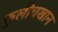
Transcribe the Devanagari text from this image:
कुलीचखान